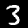
Digit: 3